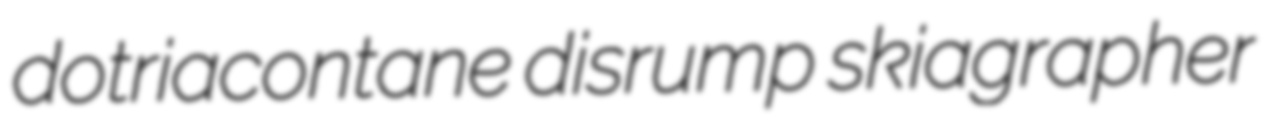
dotriacontane disrump skiagrapher